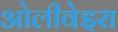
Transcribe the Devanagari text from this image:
ओलीवेइरा